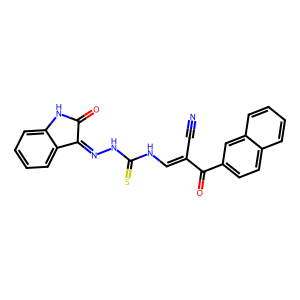
SMILES: N#CC(=CNC(=S)NN=C1C(=O)Nc2ccccc21)C(=O)c1ccc2ccccc2c1
Inhibits HIV replication: No